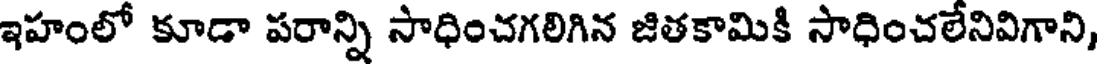
ఇహంలో కూడా పరాన్ని సాధించగలిగిన జితకామికి సాధించలేనివిగాని,